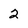
Character: 2